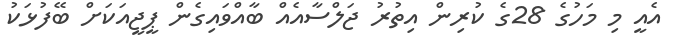
އެއީ މި މަހުގެ 28ގެ ކުރިން އިތުރު ޖަލްސާއެއް ބާއްވައިގެން ޕީޖީއަކަށް ބޭފުޅަކު